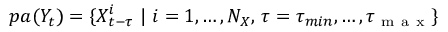
p a ( Y _ { t } ) = \{ X _ { t - \tau } ^ { i } ~ \vert ~ i = 1 , \dots , N _ { X } , \, \tau = \tau _ { m i n } , \ldots , \tau _ { \mathrm { ~ m ~ a ~ x ~ } } \}